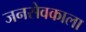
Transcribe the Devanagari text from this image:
जनसेवकाला